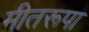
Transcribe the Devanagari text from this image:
मीतरूपा